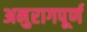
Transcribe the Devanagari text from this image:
अनुरागपूर्ण